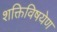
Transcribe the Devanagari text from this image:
शक्तिविषयेण